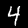
Label: 4